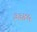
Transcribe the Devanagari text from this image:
३३४५